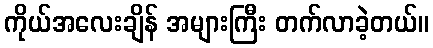
ကိုယ်အလေးချိန် အများကြီး တက်လာခဲ့တယ်။